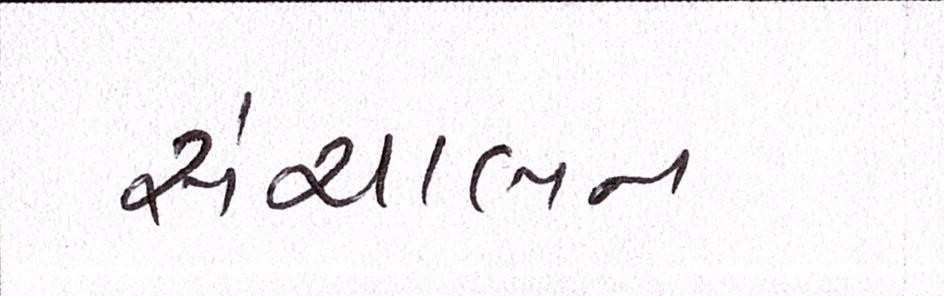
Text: સંચાલન